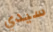
سيدي